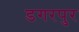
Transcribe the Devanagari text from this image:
डगरपुर